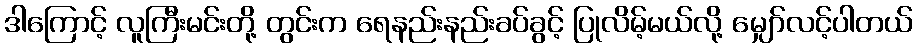
ဒါကြောင့် လူကြီးမင်းတို့ တွင်းက ရေနည်းနည်းခပ်ခွင့် ပြုလိမ့်မယ်လို့ မျှော်လင့်ပါတယ်